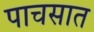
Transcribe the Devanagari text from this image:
पाचसात